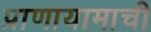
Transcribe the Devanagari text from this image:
प्राणायामाची